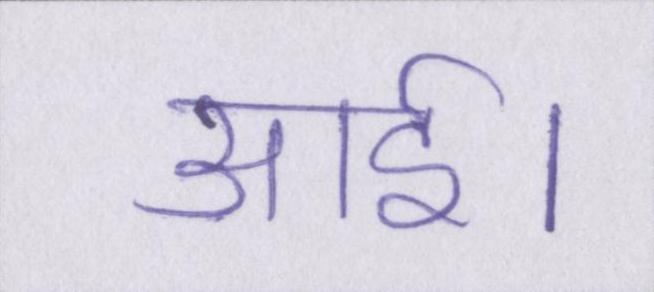
आई।